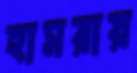
হামরায়